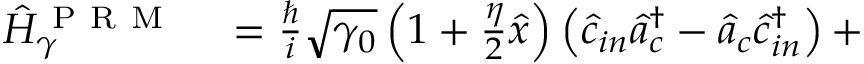
\begin{array} { r l } { \hat { H } _ { \gamma } ^ { \mathrm { ~ P ~ R ~ M ~ } } } & { { } = \frac { \hslash } { i } \sqrt { \gamma _ { 0 } } \left( 1 + \frac { \eta } { 2 } \hat { x } \right) \left( \hat { c } _ { i n } \hat { a } _ { c } ^ { \dagger } - \hat { a } _ { c } \hat { c } _ { i n } ^ { \dag } \right) + } \end{array}